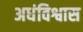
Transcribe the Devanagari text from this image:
अधंविश्वास